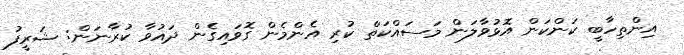
އިންތިހާބީ ކަންކަން އޮޅުވާލަން މަސައްކަތް ކުރި އެންމެން ގޮވައިގެން ދައުވާ ކުރާނަން: ޝަރީފު